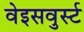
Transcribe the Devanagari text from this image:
वेइसवुर्स्ट